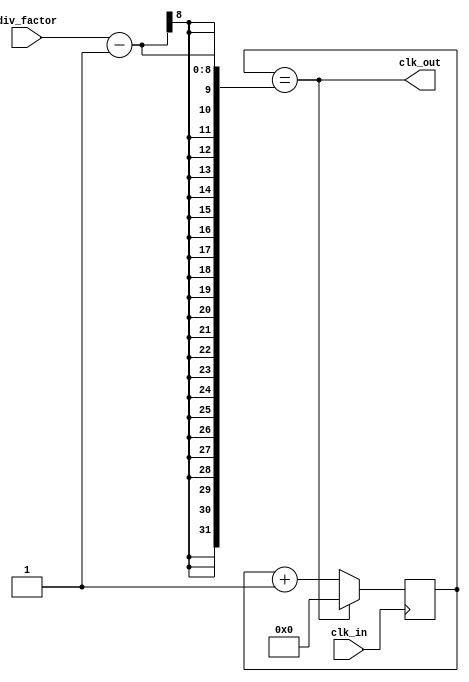
module frequency_synthesizer (
    input wire clk_in,
    input wire [7:0] div_factor,
    output wire clk_out
);

reg [7:0] count;

always @(posedge clk_in) begin
    if (count == div_factor - 1)
        count <= 0;
    else
        count <= count + 1;
end

assign clk_out = (count == div_factor - 1);

endmodule